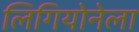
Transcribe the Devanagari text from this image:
लिगियोनेला